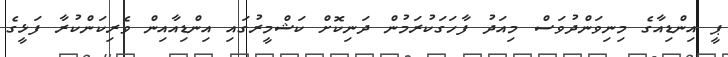
ޕީ އިންޑިއާގެ މިނިވަންދުވަސް މިއަދު ފާހަގަކުރަމުން ދަނިކޮށް ކަޝްމީރުގައި އިންޑިއާއިން ވެރިކަންކުރާ ފަޅީގެ